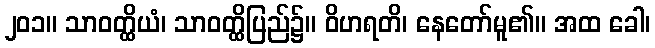
၂၀၁။ သာဝတ္ထိယံ၊ သာဝတ္ထိပြည်၌။ ဝိဟရတိ၊ နေတော်မူ၏။ အထ ခေါ၊